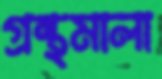
গ্রন্থমালা